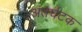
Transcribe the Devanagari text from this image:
अंतर्घटक